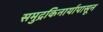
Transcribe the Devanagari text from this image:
समुद्रकिनार्यापासून